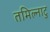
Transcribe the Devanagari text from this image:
तमिल्नाटु